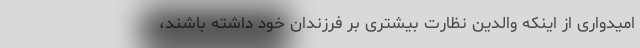
امیدواری از اینکه والدین نظارت بیشتری بر فرزندان خود داشته باشند،